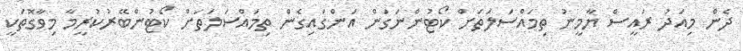
ދެން މިއަދު ރައީސް ޔާމީނު ތިމައްސަލަތަށް ކޯޓުންނަގަން އަންގައިގެން ތިމައްސަލަތަށް ކޯޓުންބޭރުކުރީމާ މިވާގޮތަކީ